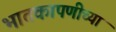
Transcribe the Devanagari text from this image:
भातकापणीच्या